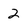
Character: 2